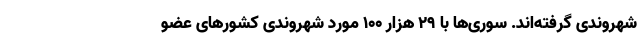
شهروندی گرفته‌اند. سوری‌ها با ۲۹ هزار ۱۰۰ مورد شهروندی کشورهای عضو